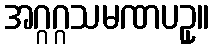
အဂ္ဂဂ္ဂသမဏပဥှ။